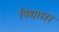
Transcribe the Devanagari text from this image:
विद्याघर